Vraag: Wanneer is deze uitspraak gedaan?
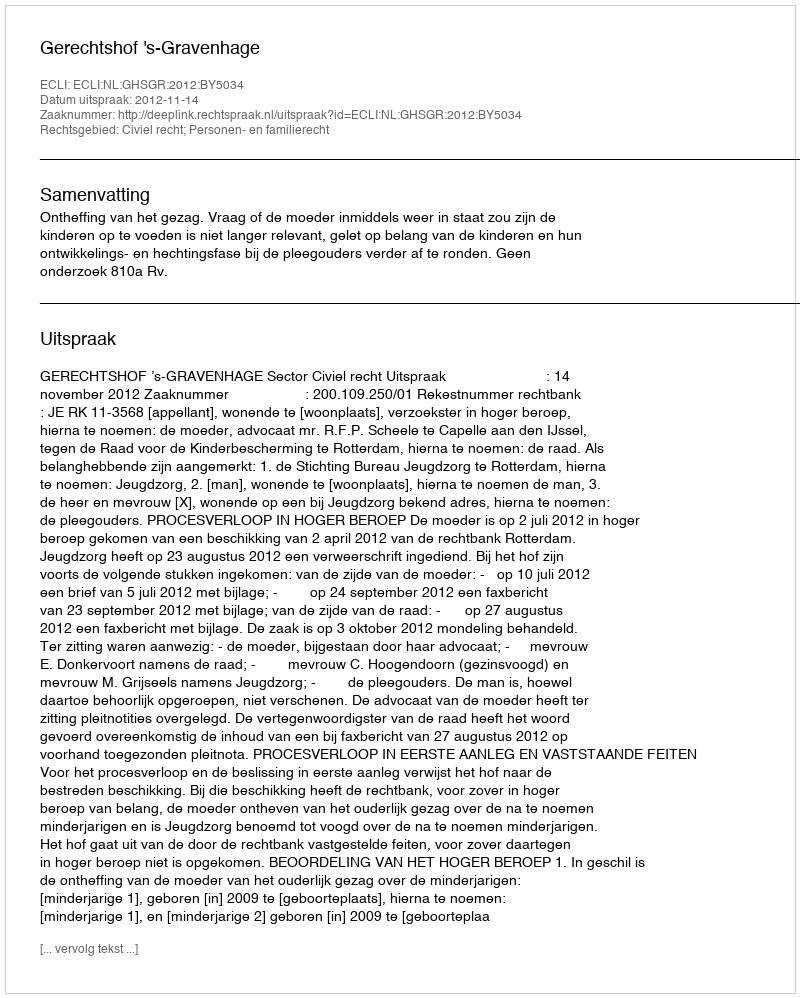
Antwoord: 2012-11-14